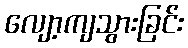
လျော့ကျသွားခြင်း